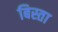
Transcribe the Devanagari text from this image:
बिस्ता